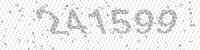
Solution: 241599